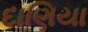
દાણિયા